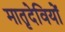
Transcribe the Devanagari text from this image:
मातृदेवियों